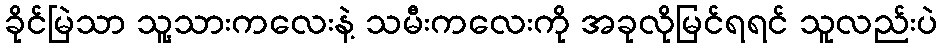
ခိုင်မြဲသာ သူ့သားကလေးနဲ့ သမီးကလေးကို အခုလိုမြင်ရရင် သူလည်းပဲ